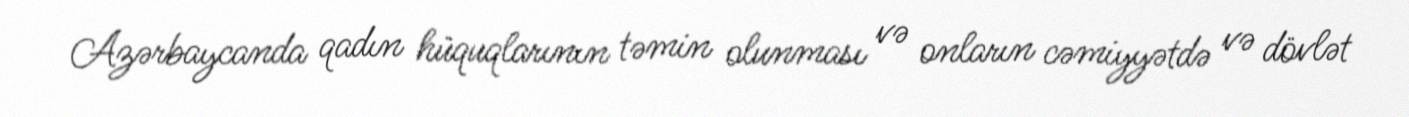
Azərbaycanda qadın hüquqlarının təmin olunması və onların cəmiyyətdə və dövlət